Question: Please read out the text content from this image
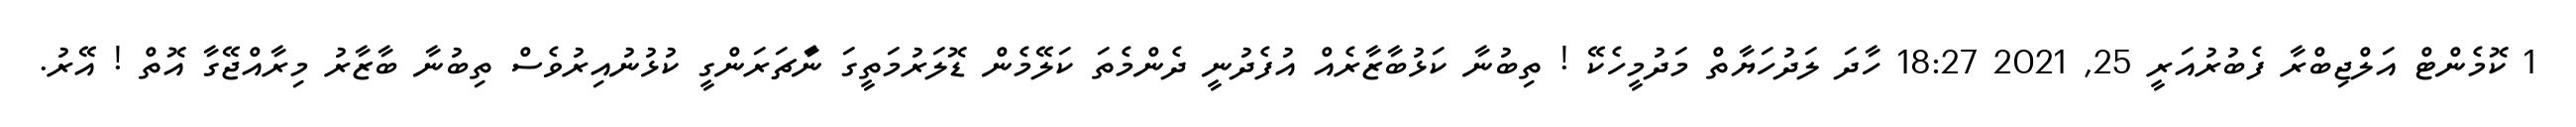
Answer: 1 ކޮމެންޓް އަލްޖިބްރާ ފެބުރުއަރީ 25, 2021 18:27 ހާދަ ލަދުހަޔާތް މަދުމީހެކޭ ! ތިބުނާ ކަޅުބާޒާރެއް އުފެދުނީ ދެންމެތަ ކަލޭމެން ޑޮލަރުމަތީގަ ނަާޗަރަންގީ ކުޅުނުއިރުވެސް ތިބުނާ ބާޒާރު މިރާއްޖޭގާ އޮތް ! އޭރު.